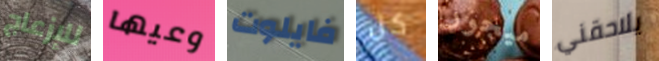
للإزعاج وعيها فايلوت كل ميجور يلاحقني